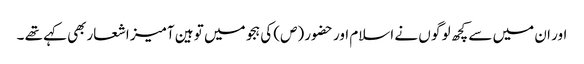
اور ان میں سے کچھ لو گو ں نے اسلام اور حضور (ص) کی ہجو میں تو ہین آمیز اشعاربھی کہے تھے ۔